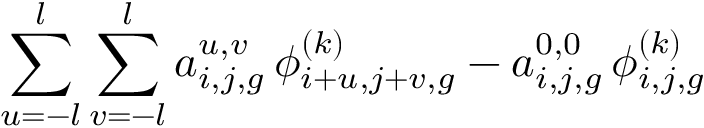
\sum _ { u = - l } ^ { l } \sum _ { v = - l } ^ { l } a _ { i , j , g } ^ { u , v } \, \phi _ { i + u , j + v , g } ^ { ( k ) } - a _ { i , j , g } ^ { 0 , 0 } \, \phi _ { i , j , g } ^ { ( k ) }